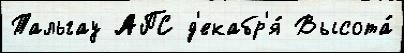
Тальгау АПС д'екабр'я́ Высота́